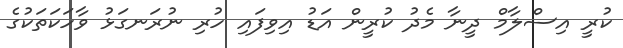
ކުރީ އިސްލާމް ދީނާ މެދު ކުރީން އަޑު އިވިފައި ހުރި ނުރަނގަޅު ވާހަކަތަކުގެ